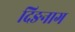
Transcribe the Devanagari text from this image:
दिङनाग